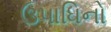
ઉપાધિનો